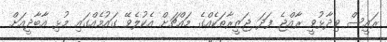
ރައީސް ވިދާޅުވީ ރާއްޖެ ފަދަ ޖަޒީރާތަކެއްގެ މައްޗަށް އެކުލެވޭ ގައުމެއްގައި މުޅި އާބާދީއަށް